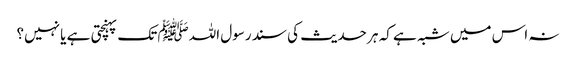
نہ اس میں شبہ ہے کہ ہر حدیث کی سند رسول اللہﷺ تک پہنچتی ہے یا نہیں؟